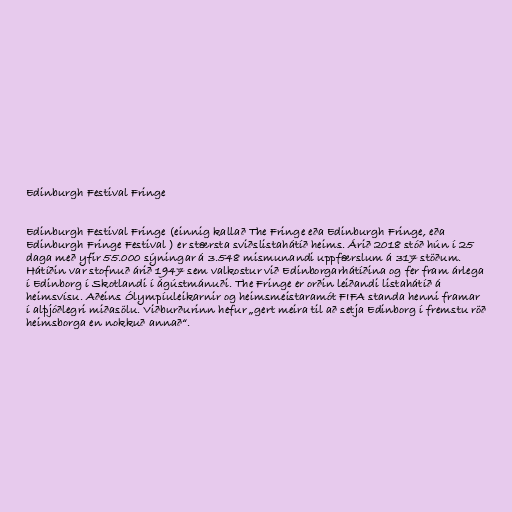
Edinburgh Festival Fringe

Edinburgh Festival Fringe (einnig kallað The Fringe eða Edinburgh Fringe, eða
Edinburgh Fringe Festival ) er stærsta sviðslistahátíð heims. Árið 2018 stóð hún í 25
daga með yfir 55.000 sýningar á 3.548 mismunandi uppfærslum á 317 stöðum.
Hátíðin var stofnuð árið 1947 sem valkostur við Edinborgarhátíðina og fer fram árlega
í Edinborg í Skotlandi í ágústmánuði. The Fringe er orðin leiðandi listahátíð á
heimsvísu. Aðeins Ólympíuleikarnir og heimsmeistaramót FIFA standa henni framar
í alþjóðlegri miðasölu. Viðburðurinn hefur „gert meira til að setja Edinborg í fremstu röð
heimsborga en nokkuð annað“.